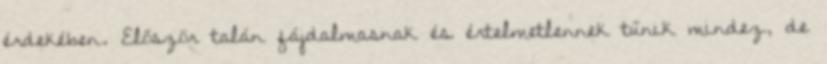
érdekében. Először talán fájdalmasnak és értelmetlennek tűnik mindez, de